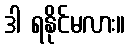
ဒါ ရနိုင်မလား။